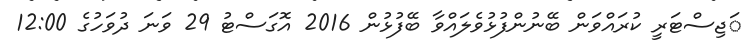
ަޖިސްޓަރީ ކުރައްވަން ބޭނުންފުޅުވެލައްވާ ބޭފުޅުން 2016 އޮގަސްޓު 29 ވަނަ ދުވަހުގެ 12:00